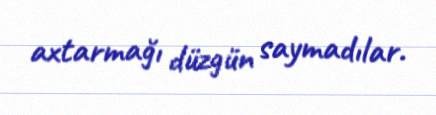
axtarmağı düzgün saymadılar.